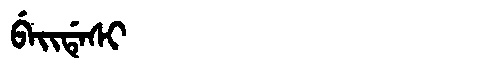
Manchu: ᠪᡝᡳᡩᡝᠰᡳ
Romanization: BEIDESI